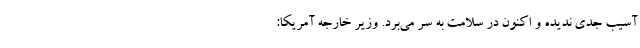
آسیب جدی ندیده و اکنون در سلامت به سر می‌برد. وزیر خارجه آمریکا: